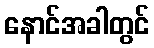
နောင်အခါတွင်